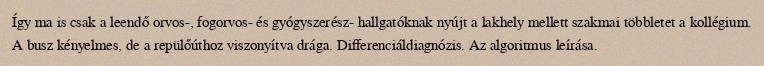
Így ma is csak a leendő orvos-, fogorvos- és gyógyszerész- hallgatóknak nyújt a lakhely mellett szakmai többletet a kollégium. A busz kényelmes, de a repülőúthoz viszonyítva drága. Differenciáldiagnózis. Az algoritmus leírása.